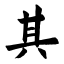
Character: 其